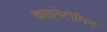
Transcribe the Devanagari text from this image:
काइनेटोमिन